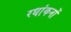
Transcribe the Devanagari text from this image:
रधांकनों